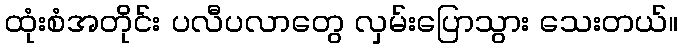
ထုံးစံအတိုင်း ပလီပလာတွေ လှမ်းပြောသွား သေးတယ်။